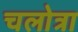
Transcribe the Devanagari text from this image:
चलोत्रा